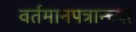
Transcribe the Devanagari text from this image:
वर्तमानपत्रान्च्या